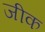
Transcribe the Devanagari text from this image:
जीक